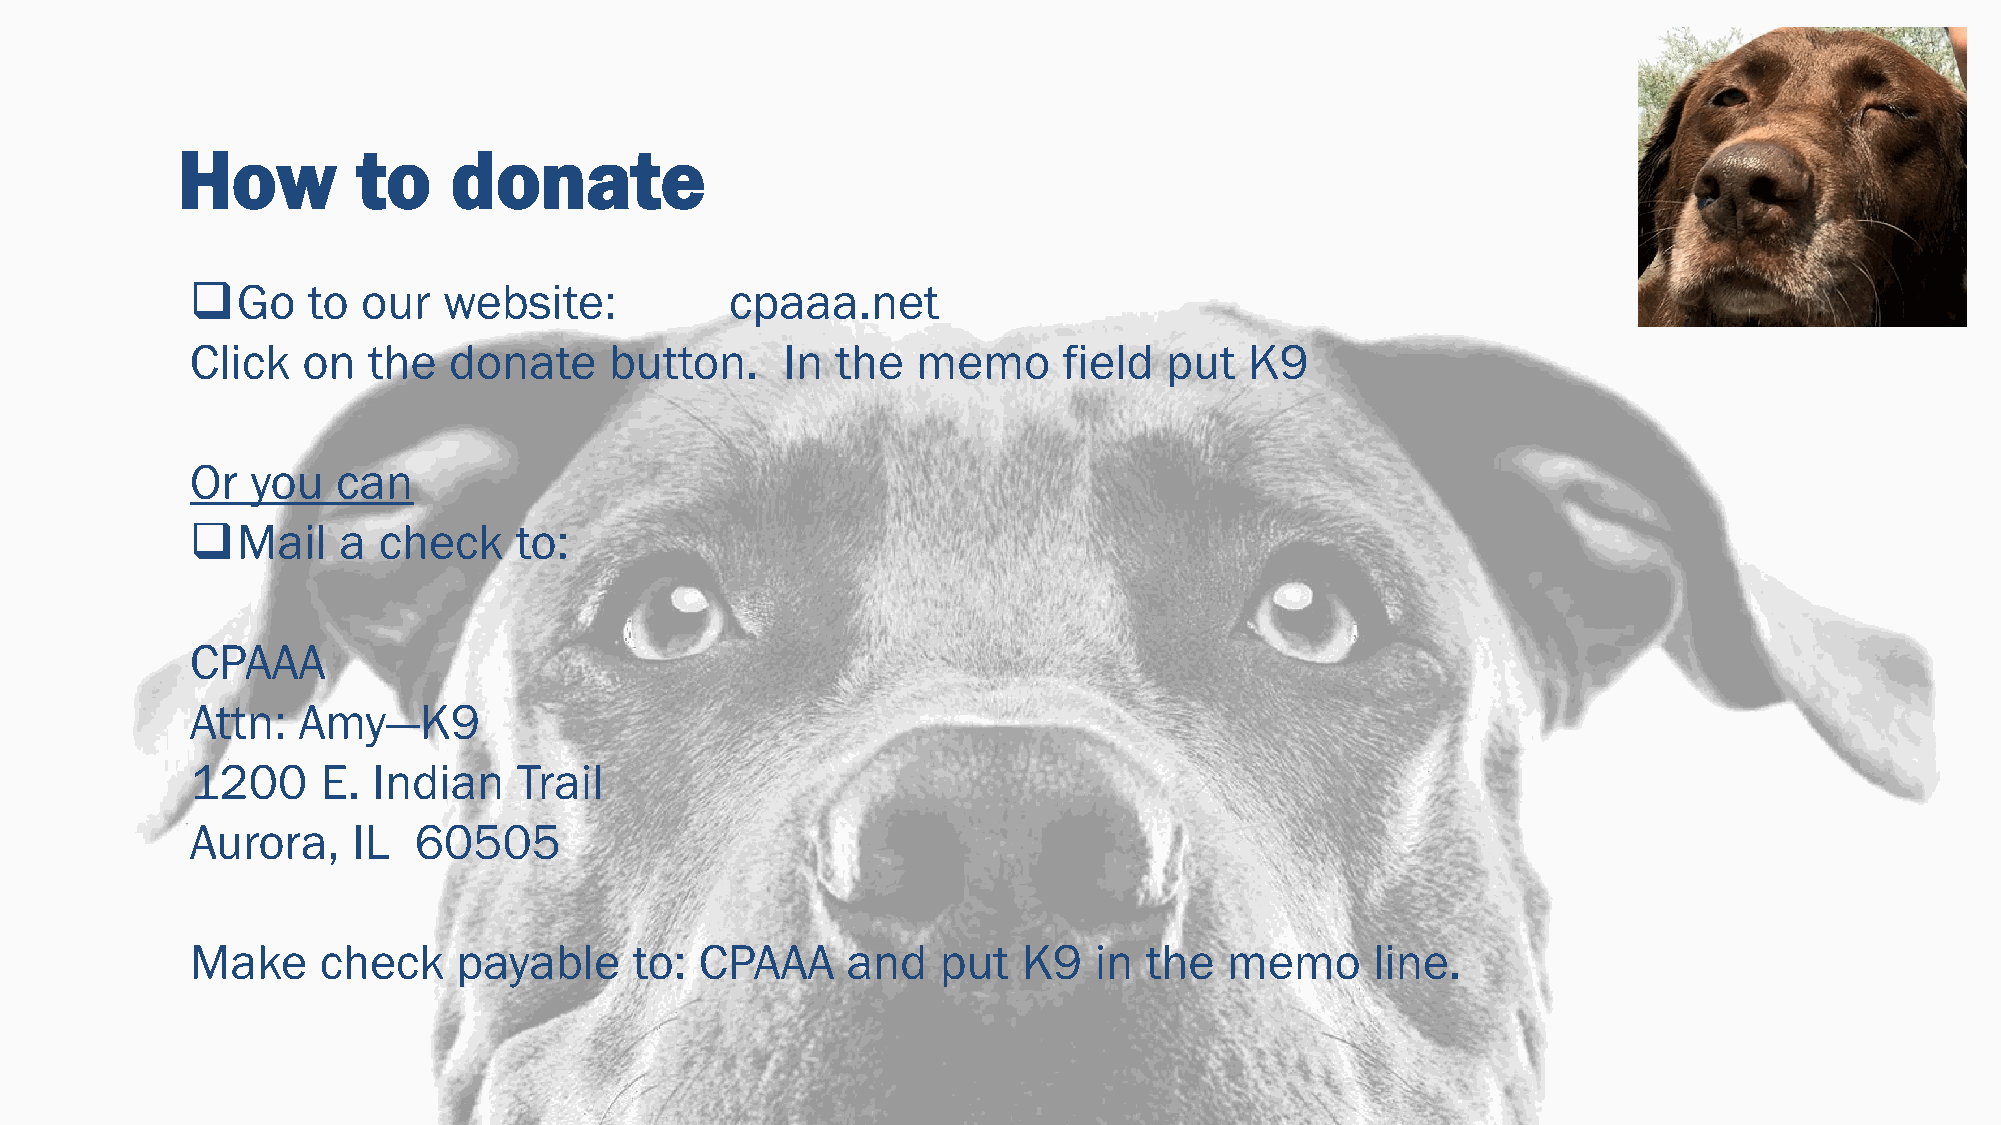
How         to    donate
 ❑Go    to  our  website:           cpaaa.net
 Click  on  the   donate    button.     In the   memo     field  put   K9
 Or  you  can
 ❑Mail    a  check    to:
 CPAAA
 Attn:  Amy—K9
 1200    E.  Indian   Trail
 Aurora,   IL  60505
 Make    check    payable     to: CPAAA     and   put   K9  in  the  memo      line.